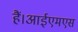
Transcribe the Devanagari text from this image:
हैं।आईएमएस